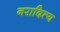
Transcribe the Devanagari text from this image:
नरादित्य